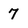
Character: 7